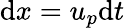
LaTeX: \mathrm{d}x=u_{p}\mathrm{d}t